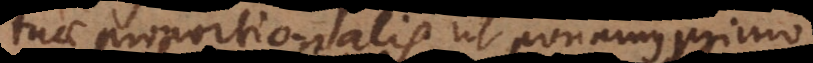
tuae proportionalis, ut ponamus primo